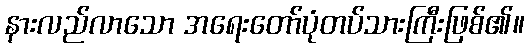
နားလည်လာသော အရေးတော်ပုံတပ်သားကြီးဖြစ်၏။